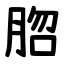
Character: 脗